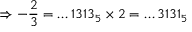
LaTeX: \Rightarrow - { \frac { 2 } { 3 } } = \dots 1 3 1 3 _ { 5 } \times 2 = \dots 3 1 3 1 _ { 5 }